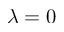
\lambda = 0